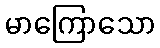
မာကြောသော